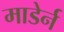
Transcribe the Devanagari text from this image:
माडेर्न